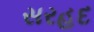
સરહદ